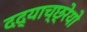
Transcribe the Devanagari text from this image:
दद्याच्छ्रेयो